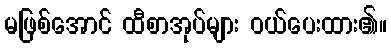
မဖြစ်အောင် ထီစာအုပ်များ ဝယ်ပေးထား၏။